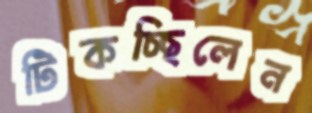
টিকচ্ছিলেন